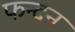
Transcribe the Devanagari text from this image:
फन्दन